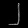
Digit: ၂